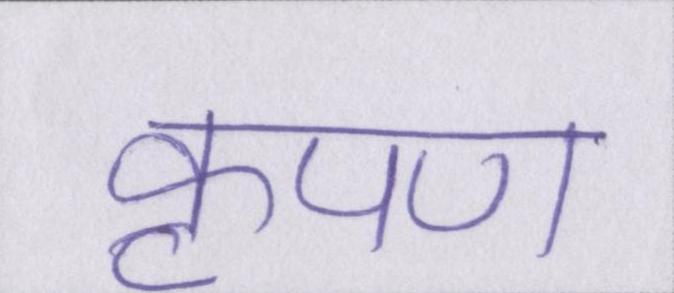
कृपण